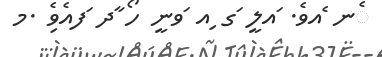
ެނ ެއވެ. ައލީ ަގ ިއ ަވނީ ހޯ ާދ ަފއެވެި .މ